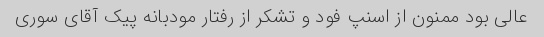
عالی بود ممنون از اسنپ فود و تشکر از رفتار مودبانه پیک آقای سوری